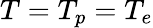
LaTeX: T=T_{p}=T_{e}